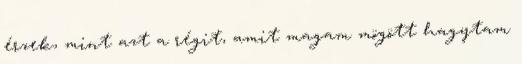
érzek, mint azt a régit, amit magam mögött hagytam